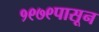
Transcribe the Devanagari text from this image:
१९७९पासून